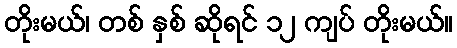
တိုးမယ်၊ တစ် နှစ် ဆိုရင် ၁၂ ကျပ် တိုးမယ်။